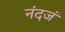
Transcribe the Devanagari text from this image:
नंदजं